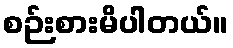
စဉ်းစားမိပါတယ်။